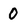
Character: 0